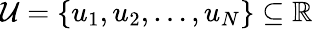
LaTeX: \mathcal{U}=\left\{ u_{1},u_{2},\dotsc,u_{N}\right\} \subseteq\mathbb{R}